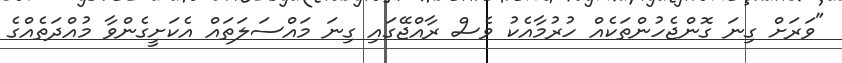
"ވަރަށް ގިނަ ގޮންޖެހުންތަކެއް ހުރުމާއެކު ވެސް ރާއްޖޭގައި ގިނަ މައްސަލަތައް އެކަށީގެންވާ މުއްދަތެއްގެ